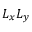
L _ { x } L _ { y }